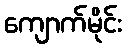
ကျောက်မိုင်း